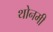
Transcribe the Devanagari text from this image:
थोनमी